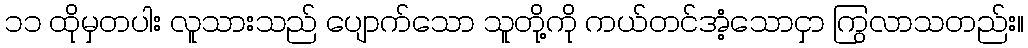
၁၁ ထိုမှတပါး လူသားသည် ပျောက်သော သူတို့ကို ကယ်တင်အံ့သောငှာ ကြွလာသတည်း။